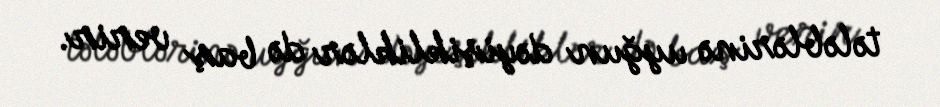
tələblərinə uyğun dəyişikliklər də baş verir.